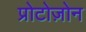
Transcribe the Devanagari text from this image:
प्रोटोज़ोन